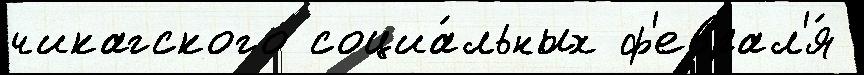
чикагского социа́льных ф'еврал'я́